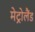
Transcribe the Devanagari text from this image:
मेट्रोलैंड